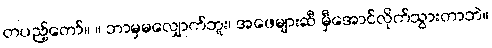
တပည့်တော်။ ။ ဘာမှမလျှောက်ဘူး၊ အဖေများဆီ မှီအောင်လိုက်သွားတာဘဲ။